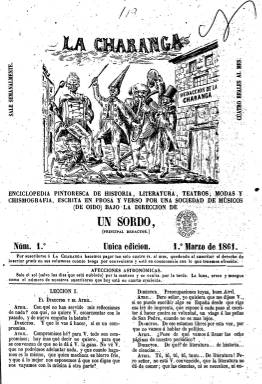
Título: La Charanga (Palma de Mallorca)
Colección: Revistas satíricas y humorísticas
Ámbito geográfico: Baleares
Lugar de publicación: Palma [de Mallorca]
Fechas: 01/03/1861-13/10/1861

Publicación semanal cuyo carácter humorístico y festivo literario queda ya reflejado en su subtítulo: “enciclopedia pintoresca de historia, literatura, teatros, modas y chismografía, escrita en prosa y en verso, por una sociedad de músicos (de oído), bajo la dirección de un sordo (principal redactor)”. El uno de marzo de 1861 publica su primer número, estampado en la Imprenta de Pedro José Gelabert; los números 4 a 12, en la imprenta de la Viuda de Villalonga, y a partir del siguiente en la Imprenta Palmesana (que pudo estar a cargo de Francisco Ramis). Aparecerá cada sábado, en entregas en folio regular, de ocho páginas, compuestas a dos columnas, aunque desde el número 24, de once de agosto, las reducirá a cuatro.

Inserta en su cabecera un gran grabado, que variará, apareciendo inserto en uno de ellos el verso de Quevedo “pues qué amarga la verdad quiero echarla de la boca”. Ilustraciones en las que aparecerán las firmas P. Esca y G. Ferrer, que también aparecen (a veces con iniciales) entre los otros muchos grabados (caricaturas, viñetas, escenas, etc.) que publica en sus páginas interiores, la mayor parte de ellos de naturaleza también humorística y costumbrista, siendo sus litografías “pintorescas” un carácter distintito de esta publicación palmesana.

Incluye textos de creación literaria tanto en prosa como en verso, también en estilo jocoso y festivo, como comedias, leyendas, cuentos, sonetos, epigramas, máximas, canciones o epitafios, entre otros. Pero también unos Estudios o Apuntes teatrales, una Biografía de Dante y otros textos, también en tono ligero, sobre Instrucción pública, Educación del bello sexo, y algunos sobre viajes, así como crónicas locales, misceláneas y pensamientos. Si en la cabecera aparecen unas Afecciones astronómicas escritas en estilo humorístico, este carácter también lo tiene su Sección de anuncios.

Aparece indicado como director Francisco Aznar y Montañez, que también será su principal redactor, apareciendo asimismo indicado en algunas entregas J. Ródenas como secretario de redacción; y como editor responsable, al principio Antonio Martínez y, después, Pedro Felipo Martínez. Las firmas de sus textos corresponden generalmente a seudónimos: El Bombo, El Bulsen, El Pito, El Trovador, El Reclamo o Atril, y a veces a iniciales, como M.B. y C y M.G.

La colección de este título en la Biblioteca Nacional de España está falta de la segunda y tercera entrega. Tras editar el número 33 y último, el 13 de octubre de 1861, imprimió una hoja suelta, fechada el 18 de ese mismo mes, en la que informa que había sido suspendida su publicación por orden del jefe superior político de Baleares. Dio cuenta de esta publicación Joaquín M. Bover de Roselló en su trabajo hemerográfico de 1862, quien también indica que a partir del 29 de octubre de 1861, el citado Francisco Aznar Montañez comenzó a publicar el diario El Calderón, con el subtítulo “correspondencia de La Charanga”, hasta su desaparición el 29 de noviembre de 1862.